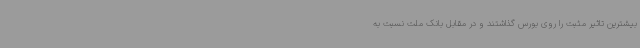
بیشترین تاثیر مثبت را روی بورس گذاشتند و در مقابل بانک ملت نسبت به